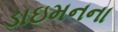
ડાઇમનના